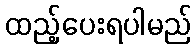
ထည့်ပေးရပါမည်